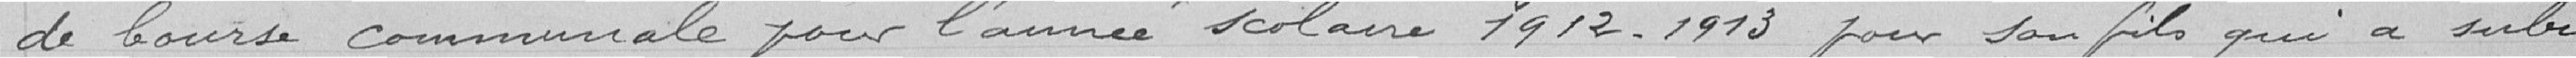
de bourse communale pour l'année scolaire 1912-1913 pour son fils qui a subi